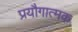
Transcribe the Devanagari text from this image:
प्रयौगात्मक